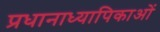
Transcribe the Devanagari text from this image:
प्रधानाध्यापिकाओं